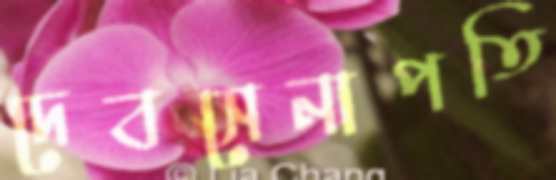
দেবসেনাপতি